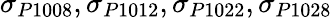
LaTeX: \sigma_{P1008},\sigma_{P1012},\sigma_{P1022},\sigma_{P1028}